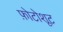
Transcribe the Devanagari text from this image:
फ़ोटोशूट